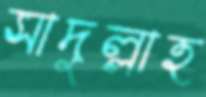
সাদুল্লাহ